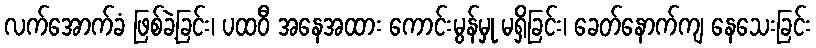
လက်အောက်ခံ ဖြစ်ခဲ့ခြင်း၊ ပထဝီ အနေအထား ကောင်းမွန်မှု မရှိခြင်း၊ ခေတ်နောက်ကျ နေသေးခြင်း